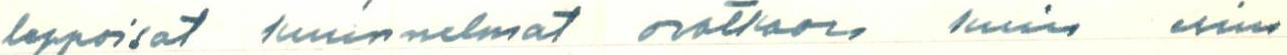
leppoisat kuunnelmat ovatkaan kuin esim